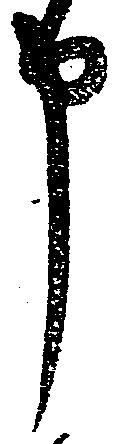
申